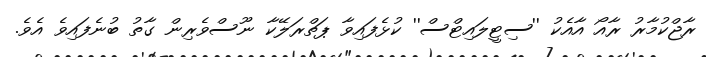
ރާޖްކުމާރު ރާއޯ އާއެކު ''ސިޓީލައިޓްސް'' ކުޅެފައިވާ ޕަތްރަލޭކާ ނޫސްވެރިން ގާތު ބުނެފައިވެ އެވެ.